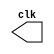
// -------------------------
// Exemplo0042 - F4
// Nome: Roger Rubens Machado
// -------------------------

// ---------------------------
// -- test clock generator (2)
// ---------------------------
module clock ( clk );
output clk;
reg clk;
initial
begin
clk = 1'b0;
end
always
begin
#12 clk = ~clk;
end
endmodule
module pulse ( signal, clock );
input clock;
output signal;
reg signal;
always @ ( clock )
begin
signal = 1'b1;
#3 signal = 1'b0;
#3 signal = 1'b1;
#3 signal = 1'b0;
end
endmodule // pulse
module trigger ( signal, on, clock );
input on, clock;
output signal;
reg signal;
always @ ( posedge clock & on )
begin
#60 signal = 1'b1;
#60 signal = 1'b0;
end
endmodule // trigger

module Exemplo0042;
wire clock;
clock clk ( clock );
reg p;
wire p1,t1;
pulse pulse1 ( p1, clock );
trigger trigger1 ( t1, p, clock );
initial begin
p = 1'b0;
end
initial begin
$dumpfile ( "Exemplo0042.vcd" );
$dumpvars ( 1, clock, p1, p, t1 );
#060 p = 1'b1;
#120 p = 1'b0;
#180 p = 1'b1;
#240 p = 1'b0;
#300 p = 1'b1;
#360 p = 1'b0;
#376 $finish;
end
endmodule // Exemplo0042